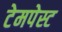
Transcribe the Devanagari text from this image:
टेमपेस्ट